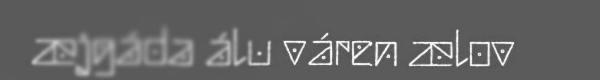
æjgáda álu váren ælov